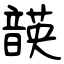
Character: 韺